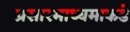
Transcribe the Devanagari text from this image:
प्रसारमाध्यमाकडे